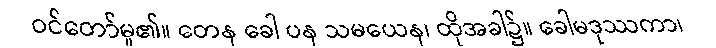
ဝင်တော်မူ၏။ တေန ခေါ ပန သမယေန၊ ထိုအခါ၌။ ခေါမဒုဿကာ၊